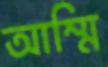
আম্মি